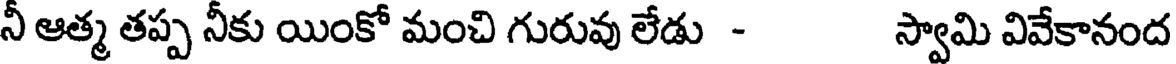
నీ ఆత్మ తప్ప నీకు యింకో మంచి గురువు లేడు - స్వామి వివేకానంద